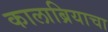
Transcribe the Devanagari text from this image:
कालाब्रियाचा